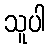
သူပါ